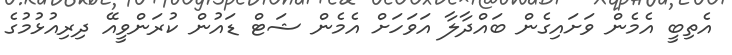
އެތިބީ އެމެން ވަށައިގެން ބައްދާލާ އަވަހަށް އެމެން ޝަޓް ޑައުން ކުރަންވީއޭ ދިރިއުޅުމުގެ